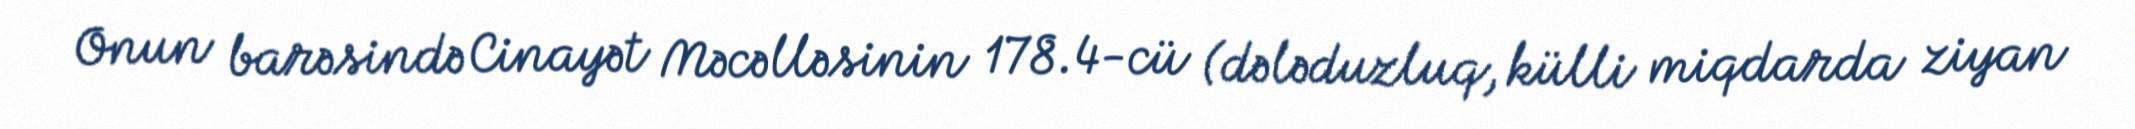
Onun barəsində Cinayət Məcəlləsinin 178.4-cü (dələduzluq, külli miqdarda ziyan